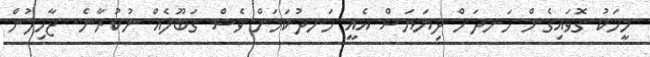
މީހަކު ގޮވައިގެން ހަނދަށް ދިޔަޔަސް އެއީ ހަނދުކަމަށް ވެސް ގަބޫލެއް ނުކުރާނެ. ޖާހިލުން